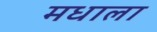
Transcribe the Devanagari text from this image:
मधाला